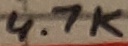
Text: 4.7K